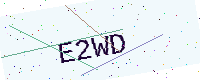
Text: E2WD